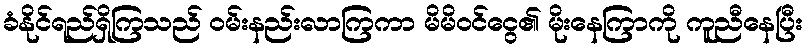
ခံနိုင်ရည်ရှိကြသည် ဝမ်းနည်းလာကြကာ မိမိဝင်ငွေ၏ မိုးနေကြာကို ကူညီနေပြီး